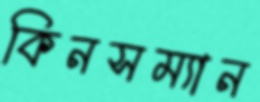
কিনসম্যান